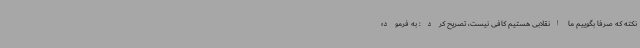
نکته که صرفاً بگوییم ما انقلابی هستیم کافی نیست، تصریح کرد: به فرموده